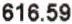
616.59